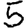
Digit: 5